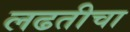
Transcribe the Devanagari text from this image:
लढतीचा